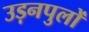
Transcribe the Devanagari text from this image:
उड़नपुलों